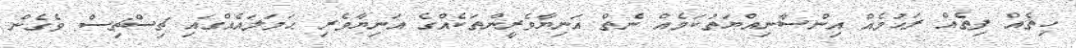
ހިތެއް ފިތެއް ރަޙުމެއް އިންސާނިއްޔަތުކަމެއް ނެތް އަނިޔާވެރީންތަކެއްގެ އަނިޔާވެރި ޙަމަލައެއްގައި ޗިސްޗިސް ވެގެން